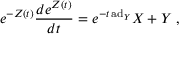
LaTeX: e ^ { - Z ( t ) } { \frac { d e ^ { Z ( t ) } } { d t } } = e ^ { - t \, \mathrm { a d } _ { Y } } X + Y ~ ,